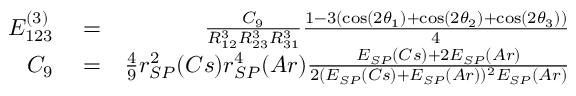
\begin{array} { r l r } { E _ { 1 2 3 } ^ { ( 3 ) } } & { { } = } & { \frac { C _ { 9 } } { R _ { 1 2 } ^ { 3 } R _ { 2 3 } ^ { 3 } R _ { 3 1 } ^ { 3 } } \frac { 1 - 3 ( \cos ( 2 \theta _ { 1 } ) + \cos ( 2 \theta _ { 2 } ) + \cos ( 2 \theta _ { 3 } ) ) } { 4 } } \\ { C _ { 9 } } & { { } = } & { \frac { 4 } { 9 } r _ { S P } ^ { 2 } ( C s ) r _ { S P } ^ { 4 } ( A r ) \frac { E _ { S P } ( C s ) + 2 E _ { S P } ( A r ) } { 2 ( E _ { S P } ( C s ) + E _ { S P } ( A r ) ) ^ { 2 } E _ { S P } ( A r ) } } \end{array}